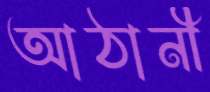
আঠানী